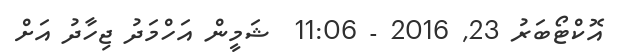
އޮކްޓޯބަރު 23